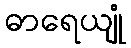
ဓာရေယျုံ